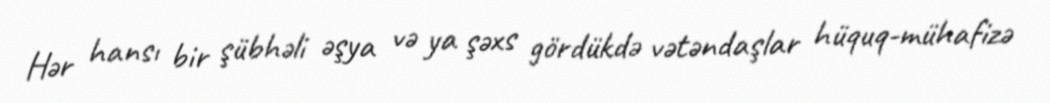
Hər hansı bir şübhəli əşya və ya şəxs gördükdə vətəndaşlar hüquq-mühafizə